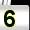
Digit: 5